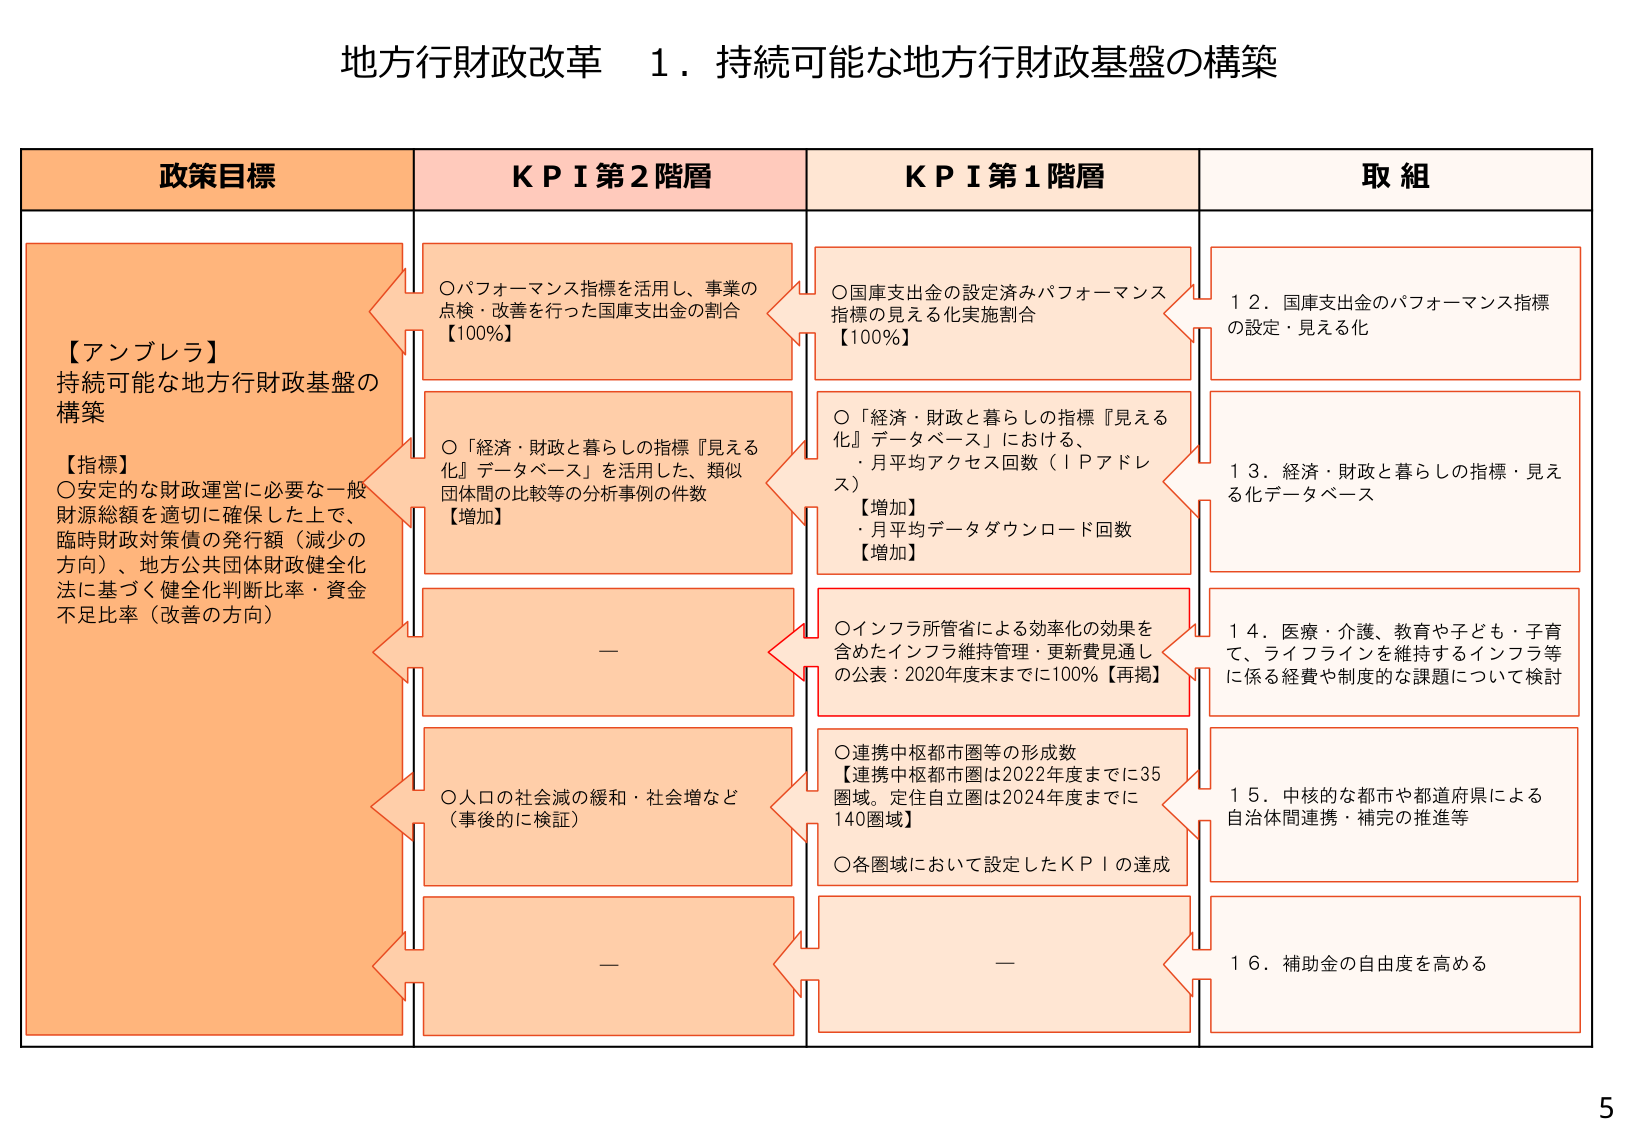
地方行財政改革　１．持続可能な地方行財政基盤の構築

政策目標
【アンブレラ】
持続可能な地方行財政基盤の
構築
【指標】
〇安定的な財政運営に必要な一般
財源総額を適切に確保した上で、
臨時財政対策債の発行額（減少の
方向）、地方公共団体財政健全化
法に基づく健全化判断比率・資金
不足比率（改善の方向）

ＫＰＩ第２階層
〇パフォーマンス指標を活用し、事業の
点検・改善を行った国庫支出金の割合
【100％】
〇「経済・財政と暮らしの指標『見える
化』データベース」を活用した、類似
団体間の比較等の分析事例の件数
【増加】
—
〇人口の社会減の緩和・社会増など
（事後的に検証）
—

ＫＰＩ第１階層
〇国庫支出金の設定済みパフォーマンス
指標の見える化実施割合
【100％】
〇「経済・財政と暮らしの指標『見える
化』データベース」における、
・月平均アクセス回数（ＩＰアドレ
ス）
【増加】
・月平均データダウンロード回数
【増加】
〇インフラ所管省による効率化の効果を
含めたインフラ維持管理・更新費見通し
の公表：2020年度末までに100％【再掲】
〇連携中枢都市圏等の形成数
【連携中枢都市圏は2022年度までに35
圏域、定住自立圏は2024年度までに
140圏域】
〇各圏域において設定したＫＰＩの達成
—

取組
１２．国庫支出金のパフォーマンス指標
の設定・見える化
１３．経済・財政と暮らしの指標・見え
る化データベース
１４．医療・介護、教育や子ども・子育
て、ライフラインを維持するインフラ等
に係る経費や制度的な課題について検討
１５．中核的な都市や都道府県による
自治体間連携・補完の推進等
１６．補助金の自由度を高める

5